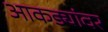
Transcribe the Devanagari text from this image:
आकड्यांवर